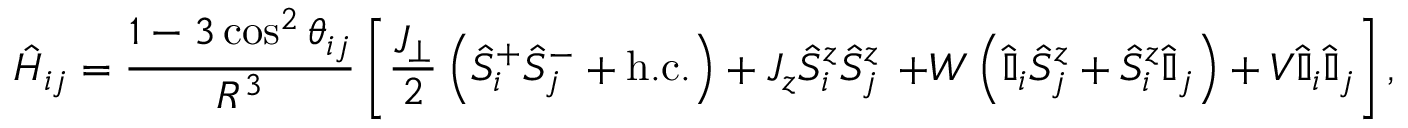
\hat { H } _ { i j } = \frac { 1 - 3 \cos ^ { 2 } \theta _ { i j } } { R ^ { 3 } } \left[ \frac { J _ { \perp } } { 2 } \left( \hat { S } _ { i } ^ { + } \hat { S } _ { j } ^ { - } + \mathrm { { h . c . } } \right) + J _ { z } \hat { S } _ { i } ^ { z } \hat { S } _ { j } ^ { z } \right. \left. + W \left( \hat { \mathbb { I } } _ { i } \hat { S } _ { j } ^ { z } + \hat { S } _ { i } ^ { z } \hat { \mathbb { I } } _ { j } \right) + V \hat { \mathbb { I } } _ { i } \hat { \mathbb { I } } _ { j } \vphantom { \frac { J _ { \perp } } { 2 } } \right] ,